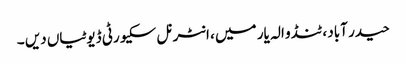
حیدر آباد ، ٹنڈو الہ یار میں ، انٹرنل سکیورٹی ڈیوٹیاں دیں ۔